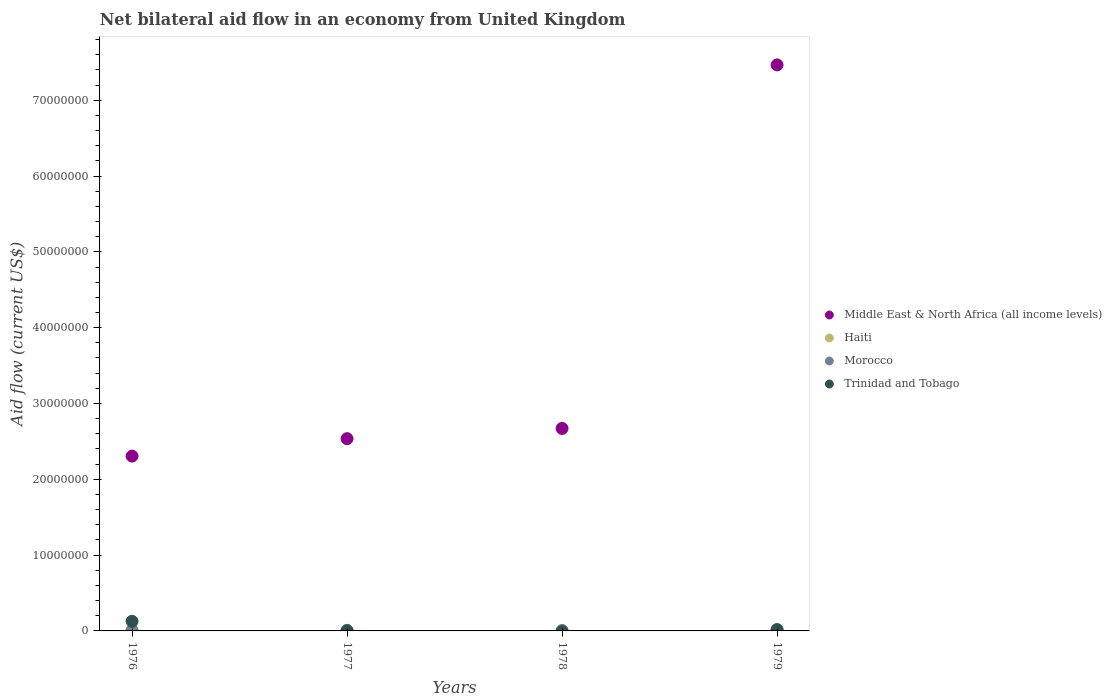
| Years | Middle East & North Africa (all income levels) | Haiti | Morocco | Trinidad and Tobago |
 | --- | --- | --- | --- | --- |
 | 1976 | 2.31e+07 | 7e+04 | 6e+04 | 1.27e+06 |
 | 1977 | 2.54e+07 | 3e+04 | 8e+04 | 2e+04 |
 | 1978 | 2.67e+07 | 1e+04 | 6e+04 | -9e+04 |
 | 1979 | 7.47e+07 | 1e+04 | 7e+04 | 1.8e+05 |